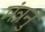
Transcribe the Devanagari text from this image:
मंत्रनुं